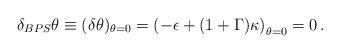
LaTeX: \begin{align*}\delta_{BPS} \theta \equiv (\delta \theta)_{\theta=0} = \left ( - \epsilon+ (1+\Gamma ) \kappa \right)_{\theta=0} = 0\,.\end{align*}